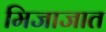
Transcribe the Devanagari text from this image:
मिजाजात